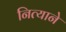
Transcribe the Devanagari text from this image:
नित्याने